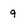
Character: 9